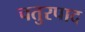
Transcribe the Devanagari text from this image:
चतुरपाद